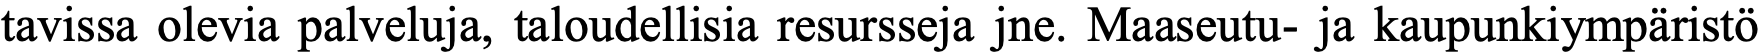
tavissa olevia palveluja, taloudellisia resursseja jne. Maaseutu- ja kaupunkiympäristö